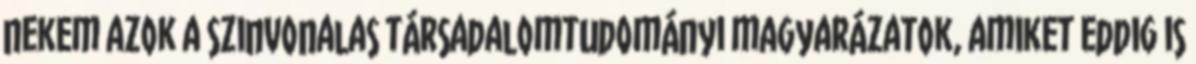
nekem azok a szinvonalas társadalomtudományi magyarázatok, amiket eddig is